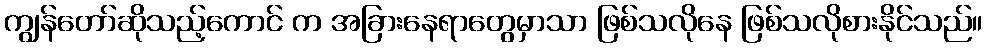
ကျွန်တော်ဆိုသည့်ကောင် က အခြားနေရာတွေမှာသာ ဖြစ်သလိုနေ ဖြစ်သလိုစားနိုင်သည်။